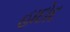
હાદોદ